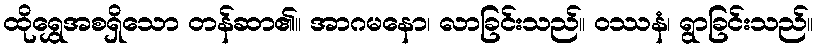
ထိုရွှေအစရှိသော တန်ဆာ၏။ အာဂမနော၊ လာခြင်းသည်။ ဝဿနံ၊ ရွာခြင်းသည်။